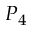
P _ { 4 }